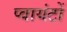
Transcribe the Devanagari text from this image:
प्वायंटों